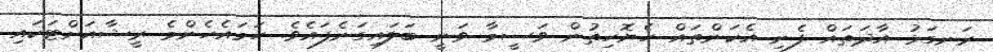
ރަނގަޅު އާދަތައް ފެނި އެކަންތައް ހެޔޮހިތުން ވަސީމާ ވަނީ ބަލައިގަނެފައެވެ. ހަމައެހެންމެ ރީޝާއަށްޓަކައި